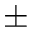
\pm